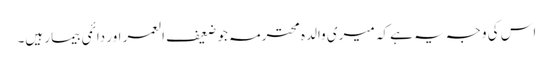
اس کی وجہ یہ ہے کہ میری والدہ محترمہ جو ضعیف العمر اور دائمی بیمار ہیں۔